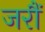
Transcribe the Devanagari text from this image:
जरौं